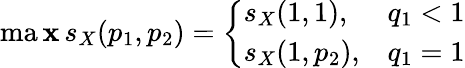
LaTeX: \operatorname*{ma\mathbf{x}}s_{X}(p_{1},p_{2})=\left\{ \begin{array}{ll}{s_{X}(1,1),}&{q_{1}<1}\\ {s_{X}(1,p_{2}),}&{q_{1}=1}\end{array}\right.